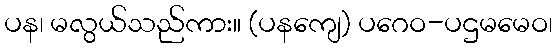
ပန၊ မလွယ်သည်ကား။ (ပနကျေ) ပဂေဝ-ပဌမမေဝ၊